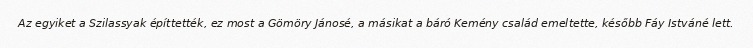
Az egyiket a Szilassyak építtették, ez most a Gömöry Jánosé, a másikat a báró Kemény család emeltette, később Fáy Istváné lett.